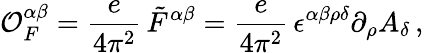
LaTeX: {\cal O}_{F}^{\alpha\beta}=\frac{e}{4\pi^{2}}\, \tilde{F}^{\alpha\beta}=\frac{e}{4\pi^{2}}\, \epsilon^{\alpha\beta\rho\delta}\partial_{\rho}A_{\delta}\, ,